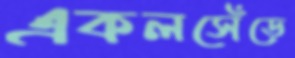
একলসেঁড়ে